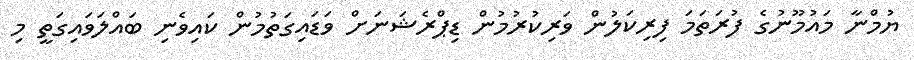
ޔުމްނާ މައުމޫނުގެ ފުރަތަމަ ފިރިކަލުން ވަރިކުރުމުން ޑިޕްރެޝަނަށް ވަޑައިގަތުމުން ކައިވެނި ބައްލަވައިގަތީ މި